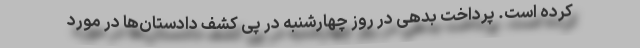
کرده است. پرداخت بدهی در روز چهارشنبه در پی کشف دادستان‌ها در مورد